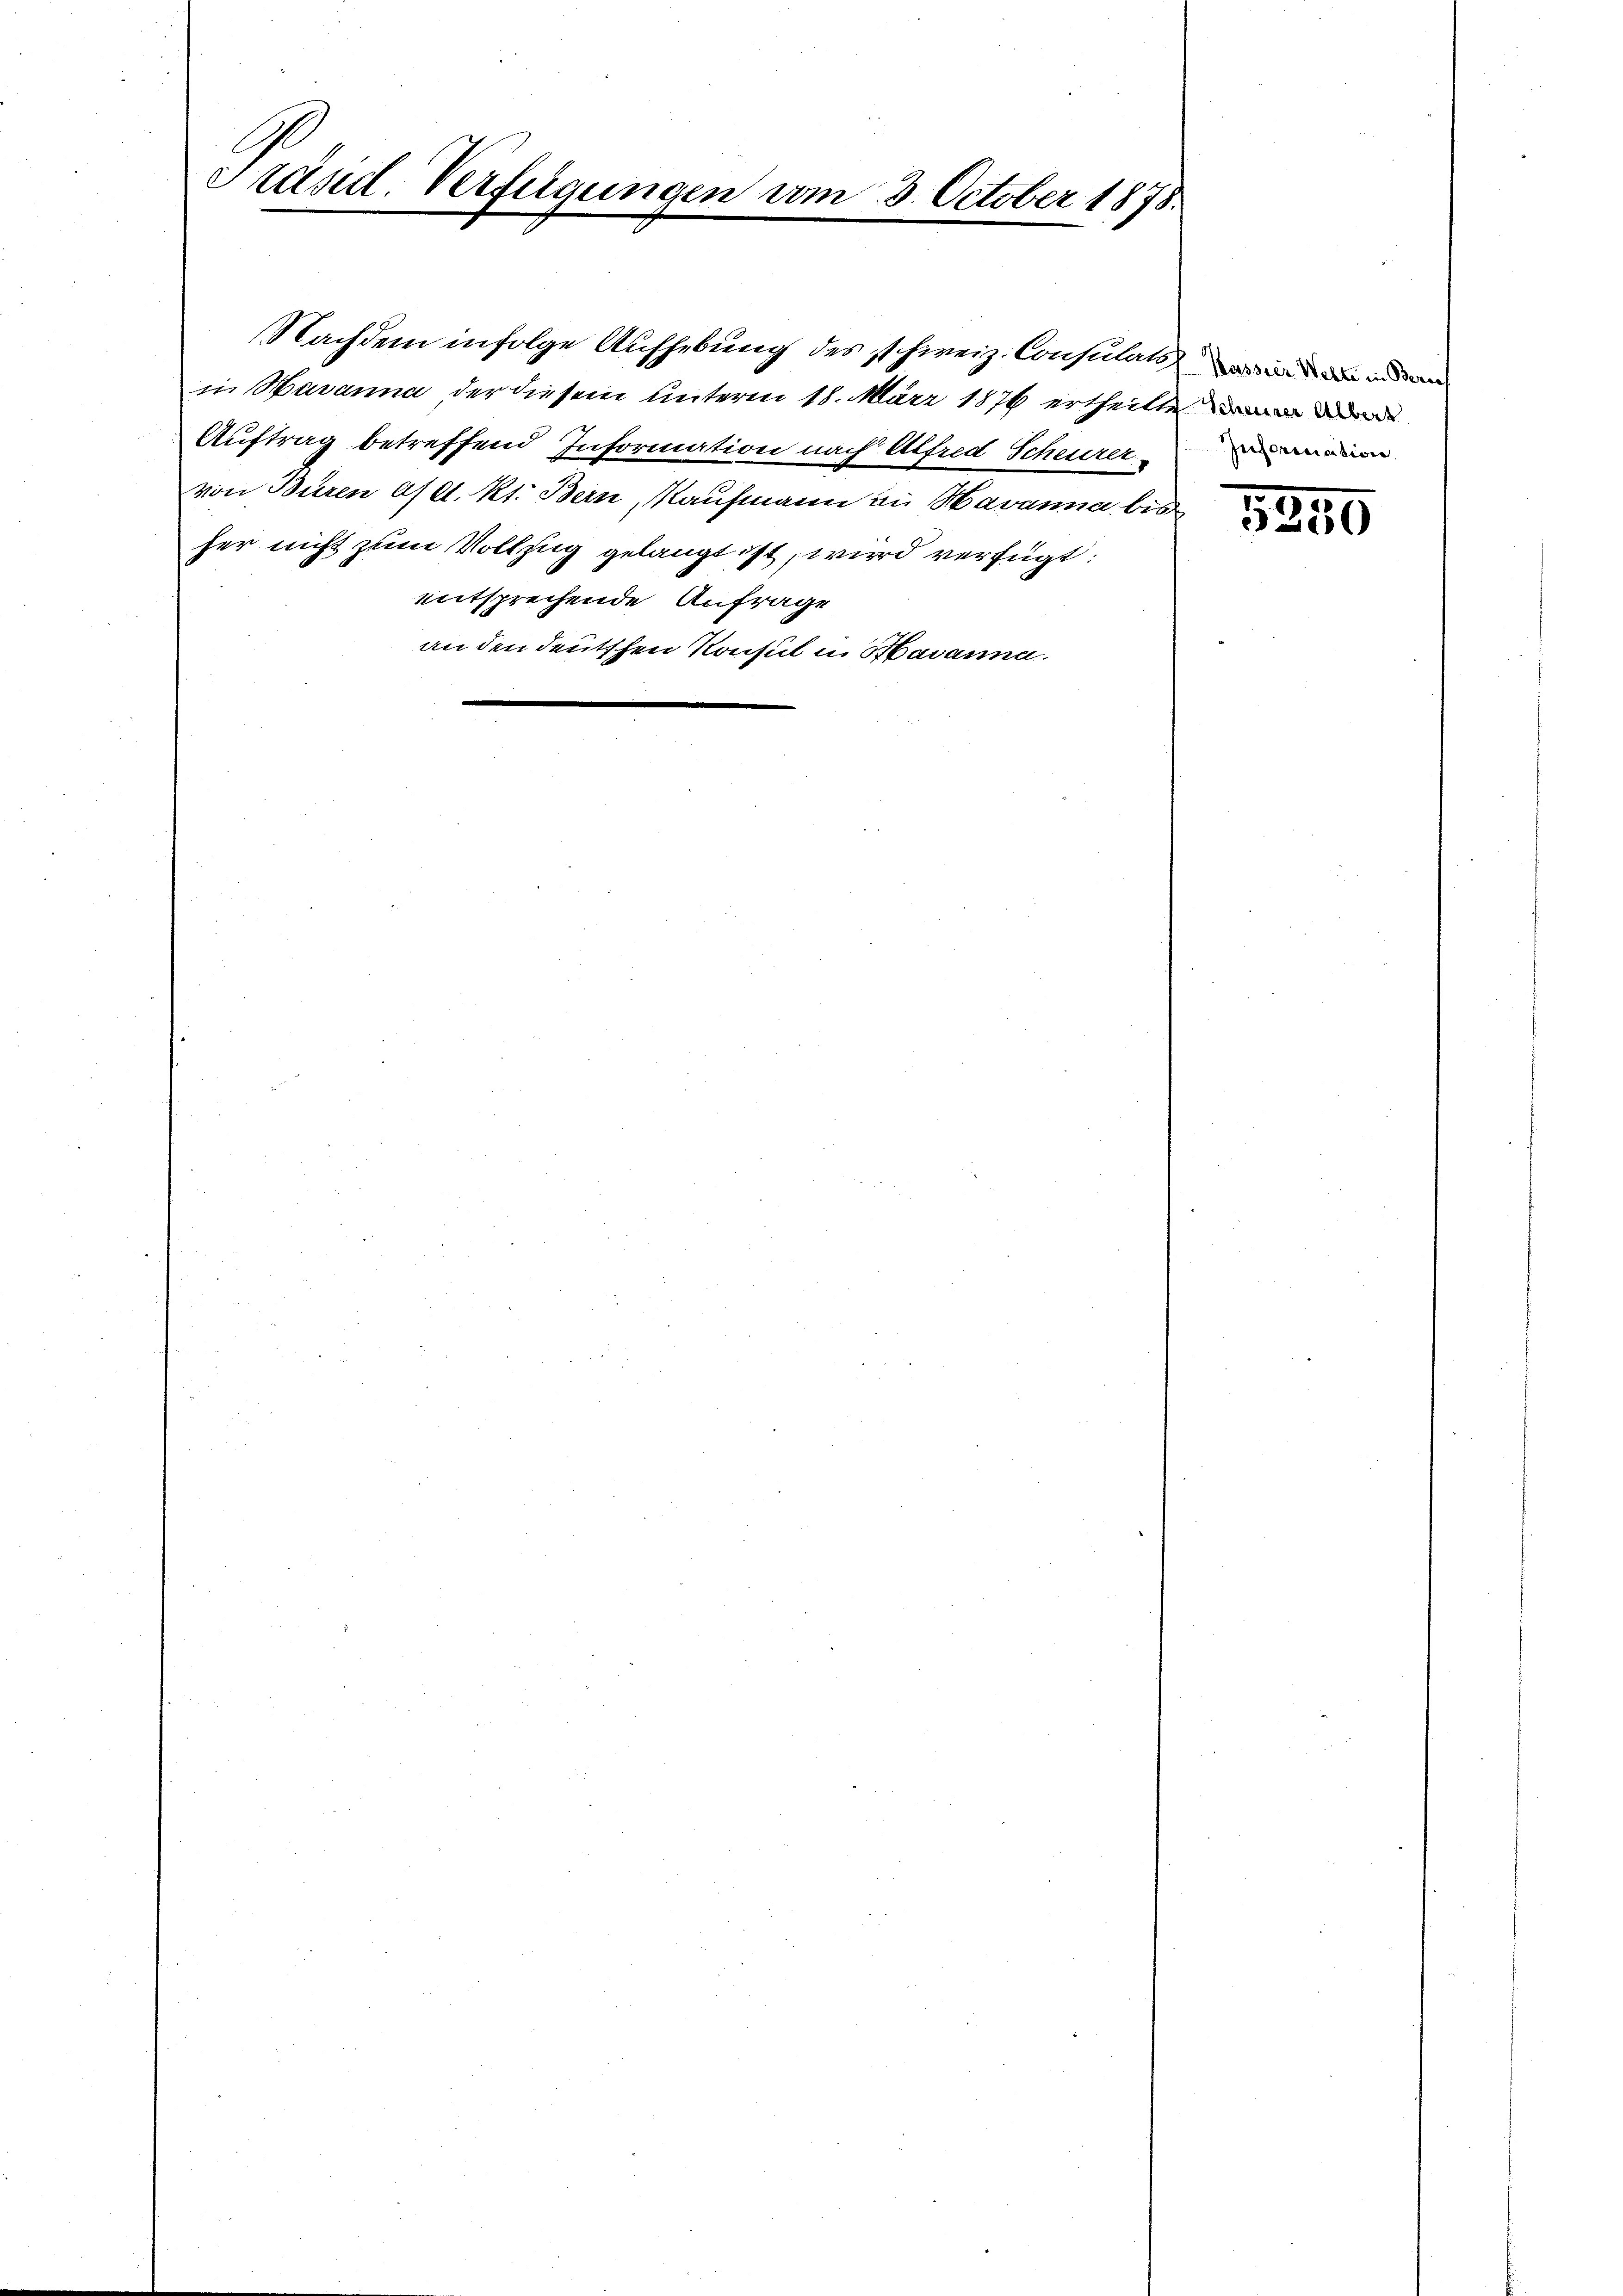
Präsid. Verfügungen am 3. October 1878.

Nachdem infolge Aufhebung des schweiz. Consulats wir in ein und an
in Havanna der diesem unterm 18. März 1876 ertheilten
Auftrag betreffend Information nach Alfred Scheurer
von Büren es lt. Kt. Bern Maufmann an Havanna bis
her nicht zum Vollzug gelangt ist, wird verfügt:
entsprechende Anfrage
an den deutschen Konsul u. Havanna.

Inforesiation.

5350